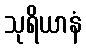
သုရိယာနံ